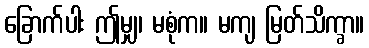
ခြောက်ပါး ဤမျှ၊ မစုံက။ မကျ မြတ်သိက္ခာ။